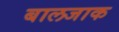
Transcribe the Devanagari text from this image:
बालजाक